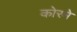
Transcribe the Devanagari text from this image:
कोरमे